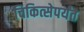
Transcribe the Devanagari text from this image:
चिकित्सेपर्यंत